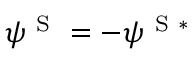
\psi ^ { \ensuremath { \mathrm { ~ S ~ } } } = - \psi ^ { \ensuremath { \mathrm { ~ S ~ } } * }